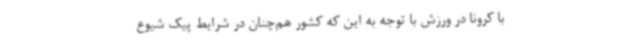
با کرونا در ورزش با توجه به این که کشور هم‌چنان در شرایط پیک شیوع